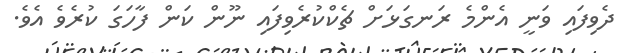
ދެވިފައި ވަނީ އެންމެ ރަނގަޅަށް ޗެކްކުރެވިފައި ނޫން ކަން ފާހަގަ ކުރެވެ އެވެ.